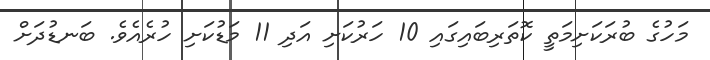
މަހުގެ ބުރަކަށިމަތީ ކޮތަރިބައިގައި 10 ހަރުކަށި އަދި 11 މަޑުކަށި ހުރެއެވެ. ބަނޑުދަށް